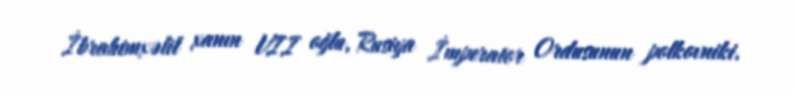
İbrahimxəlil xanın VII oğlu, Rusiya İmperator Ordusunun polkovniki.